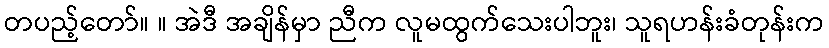
တပည့်တော်။ ။ အဲဒီ အချိန်မှာ ညီက လူမထွက်သေးပါဘူး၊ သူရဟန်းခံတုန်းက